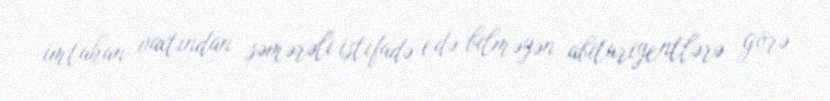
imtahan vaxtından səmərəli istifadə edə bilməyən abituriyentlərə görə